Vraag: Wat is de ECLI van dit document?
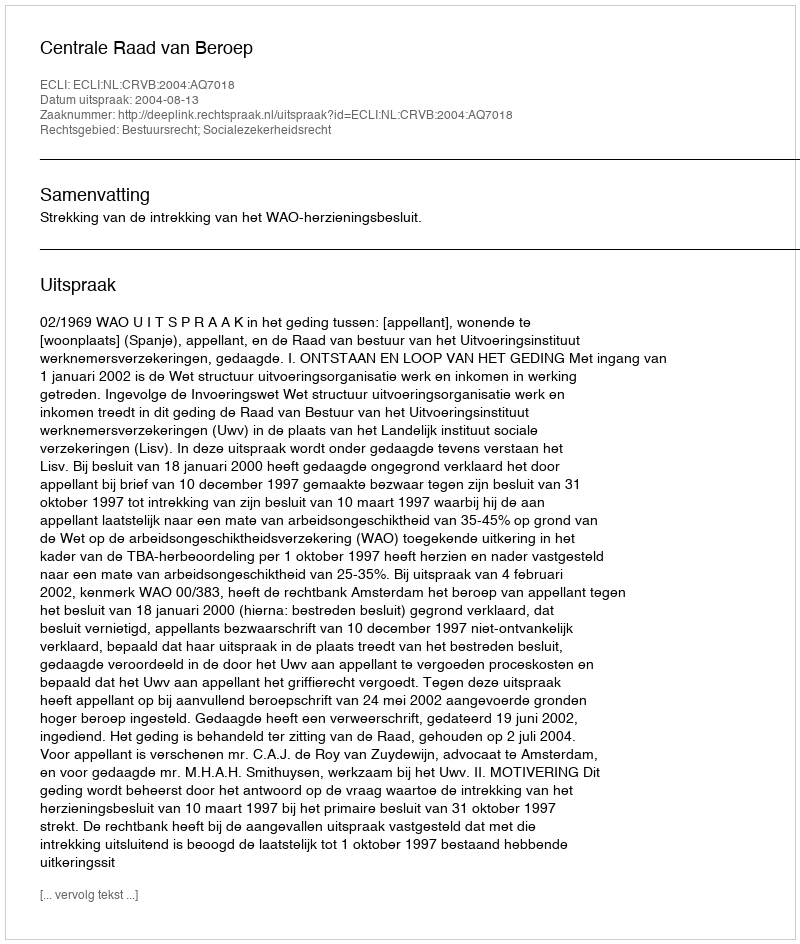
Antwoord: ECLI:NL:CRVB:2004:AQ7018